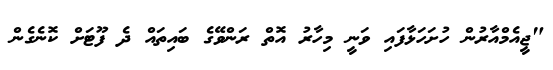
"ޖީއެމްއާރުން ހުށަހަޅާފައި ވަނީ މިހާރު އޮތް ރަންވޭގެ ބައިތައް ދެ ފޫޓަށް ކޮނެގެން